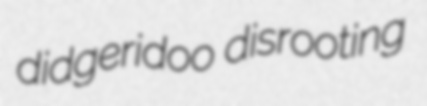
didgeridoo disrooting